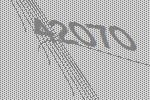
42070